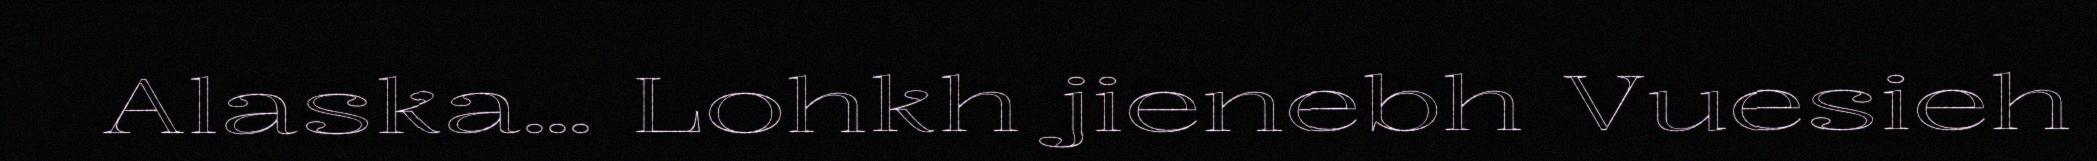
Alaska... Lohkh jienebh Vuesieh